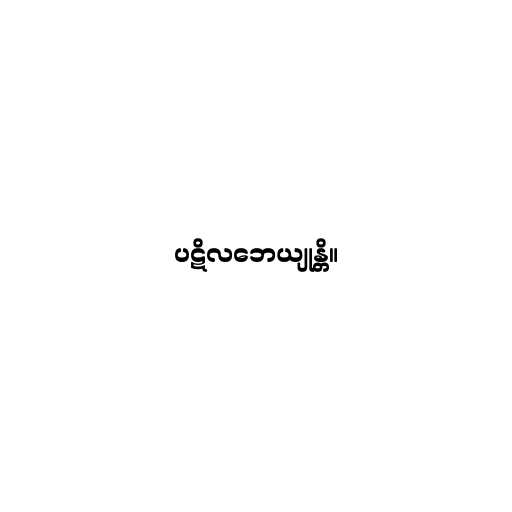
ပဋိလဘေယျုန္တိ။